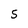
Character: 5